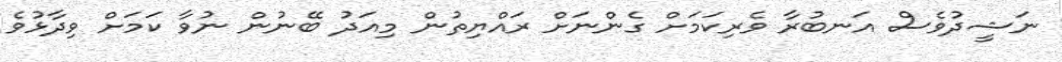
ނަޝީދުވެސް އަނބުރާ ވެރިކަމަށް ގެންނަށް ރައްޔިތުން މިއަދު ބޭނުން ނުވާ ކަމަށް ވިދާޅުވެ